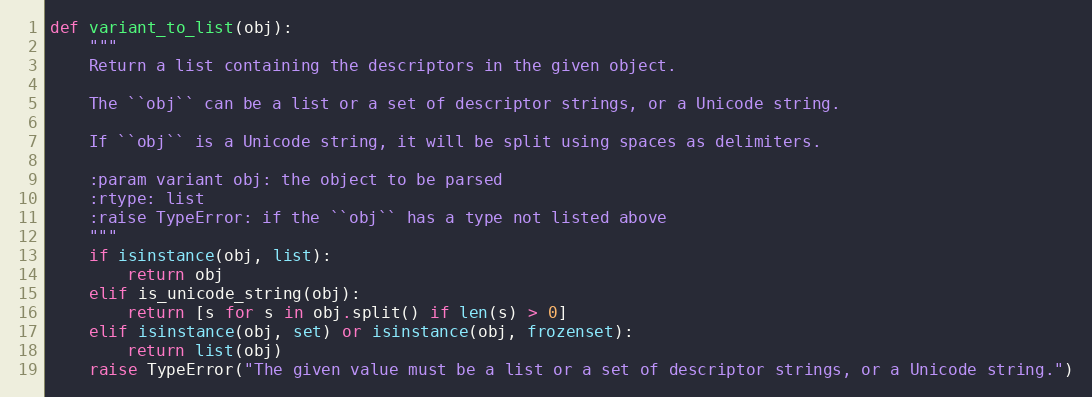
Language: Python
def variant_to_list(obj):
    """
    Return a list containing the descriptors in the given object.

    The ``obj`` can be a list or a set of descriptor strings, or a Unicode string.

    If ``obj`` is a Unicode string, it will be split using spaces as delimiters.

    :param variant obj: the object to be parsed
    :rtype: list
    :raise TypeError: if the ``obj`` has a type not listed above
    """
    if isinstance(obj, list):
        return obj
    elif is_unicode_string(obj):
        return [s for s in obj.split() if len(s) > 0]
    elif isinstance(obj, set) or isinstance(obj, frozenset):
        return list(obj)
    raise TypeError("The given value must be a list or a set of descriptor strings, or a Unicode string.")